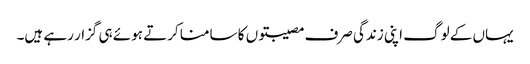
یہاں کے لوگ اپنی زندگی صرف مصیبتوں کا سامنا کرتے ہوئے ہی گزار رہے ہیں۔